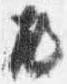
殿